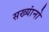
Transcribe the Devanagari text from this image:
सख्यांनो